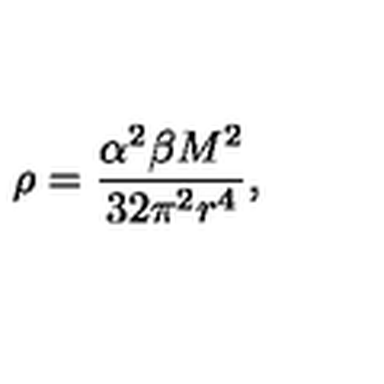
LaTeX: \rho = \frac { \alpha ^ { 2 } \beta M ^ { 2 } } { 3 2 \pi ^ { 2 } r ^ { 4 } } ,